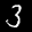
Label: 3